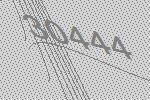
30444